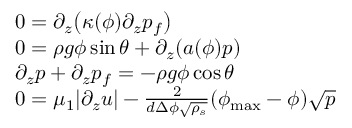
\begin{array} { r l } & { 0 = \partial _ { z } \big ( \kappa ( \phi ) \partial _ { z } p _ { f } \big ) } \\ & { 0 = \rho g \phi \sin \theta + \partial _ { z } ( a ( \phi ) p ) } \\ & { \partial _ { z } p + \partial _ { z } p _ { f } = - \rho g \phi \cos \theta } \\ & { 0 = \mu _ { 1 } | \partial _ { z } u | - \frac { 2 } { d \Delta \phi \sqrt { \rho _ { s } } } ( \phi _ { \mathrm { m a x } } - \phi ) \sqrt { p } } \end{array}